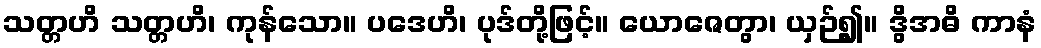
သတ္တဟိ သတ္တဟိ၊ ကုန်သော။ ပဒေဟိ၊ ပုဒ်တို့ဖြင့်။ ယောဇေတွာ၊ ယှဉ်၍။ ဒွိအဓိ ကာနံ